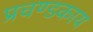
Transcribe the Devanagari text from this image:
प्रचण्डकाय